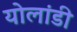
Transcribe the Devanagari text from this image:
योलांडी